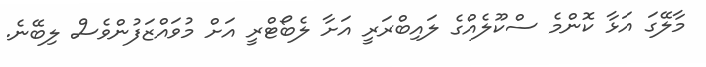
މާލޭގަ އަޅާ ކޮންމެ ސްކޫލެއްގެ ލައިބްރަރީ އަށާ ލެބޯޓްރީ އަށް މުވައްޒަފުންވެސް ލިބޭނެ.